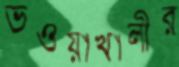
ভওয়াখালীর